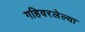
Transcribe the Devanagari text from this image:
गहिवरलेल्या